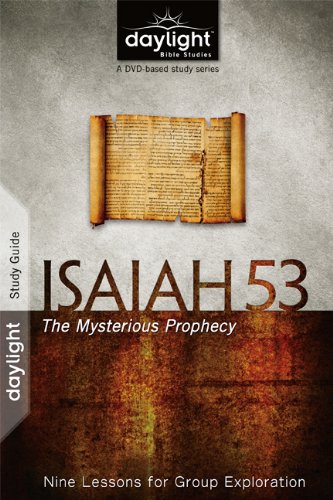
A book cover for Isaiah 53: The Mysterious Prophecy - DayLight Bible Studies Study Guide; Discovery House Publishers; Christian Books & Bibles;